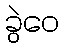
ခွဲဝေ